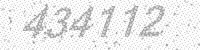
Solution: 434112